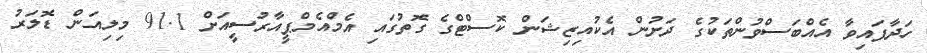
ހަދާފައިވާ އެއްބަސްވުންތަކުގެ ދަށުން އެކުއިޒިޝަން ކޮސްޓްގެ ގޮތުގައި އެމްއެމްޕީއާރުސީއަށް 91.1 މިލިއަން ޑޮލަރު